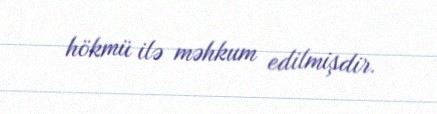
hökmü ilə məhkum edilmişdir.